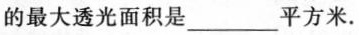
的最大透光面积是___平方米。